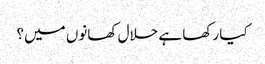
کیا رکھا ہے حلال کھانوں میں؟